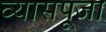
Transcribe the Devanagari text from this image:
व्यासपूजा